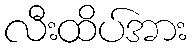
လီးထိပ်အား